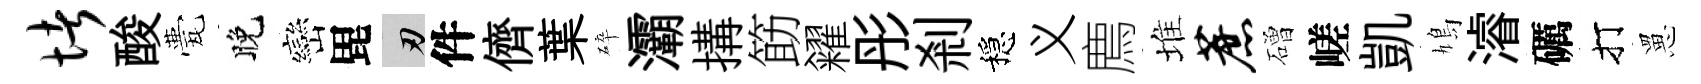
堵酸甍晚巒毘刃件儕葉碎灞搆筯糴彤剎穩义廌堆蔗磳嵯凱鳩濬礪打罳